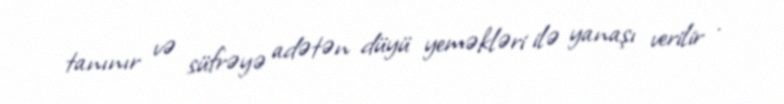
tanınır və süfrəyə adətən düyü yeməkləri ilə yanaşı verilir .